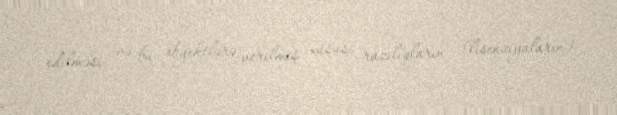
edilməsi və bu obyektlərə verilmiş xüsusi razılıqların (lisenziyaların)